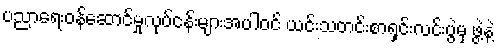
ပညာရေးဝန်ဆောင်မှုလုပ်ငန်းများအပါဝင် ယင်းသတင်းစာရှင်းလင်းပွဲမှ ဖွဲ့နဲ့